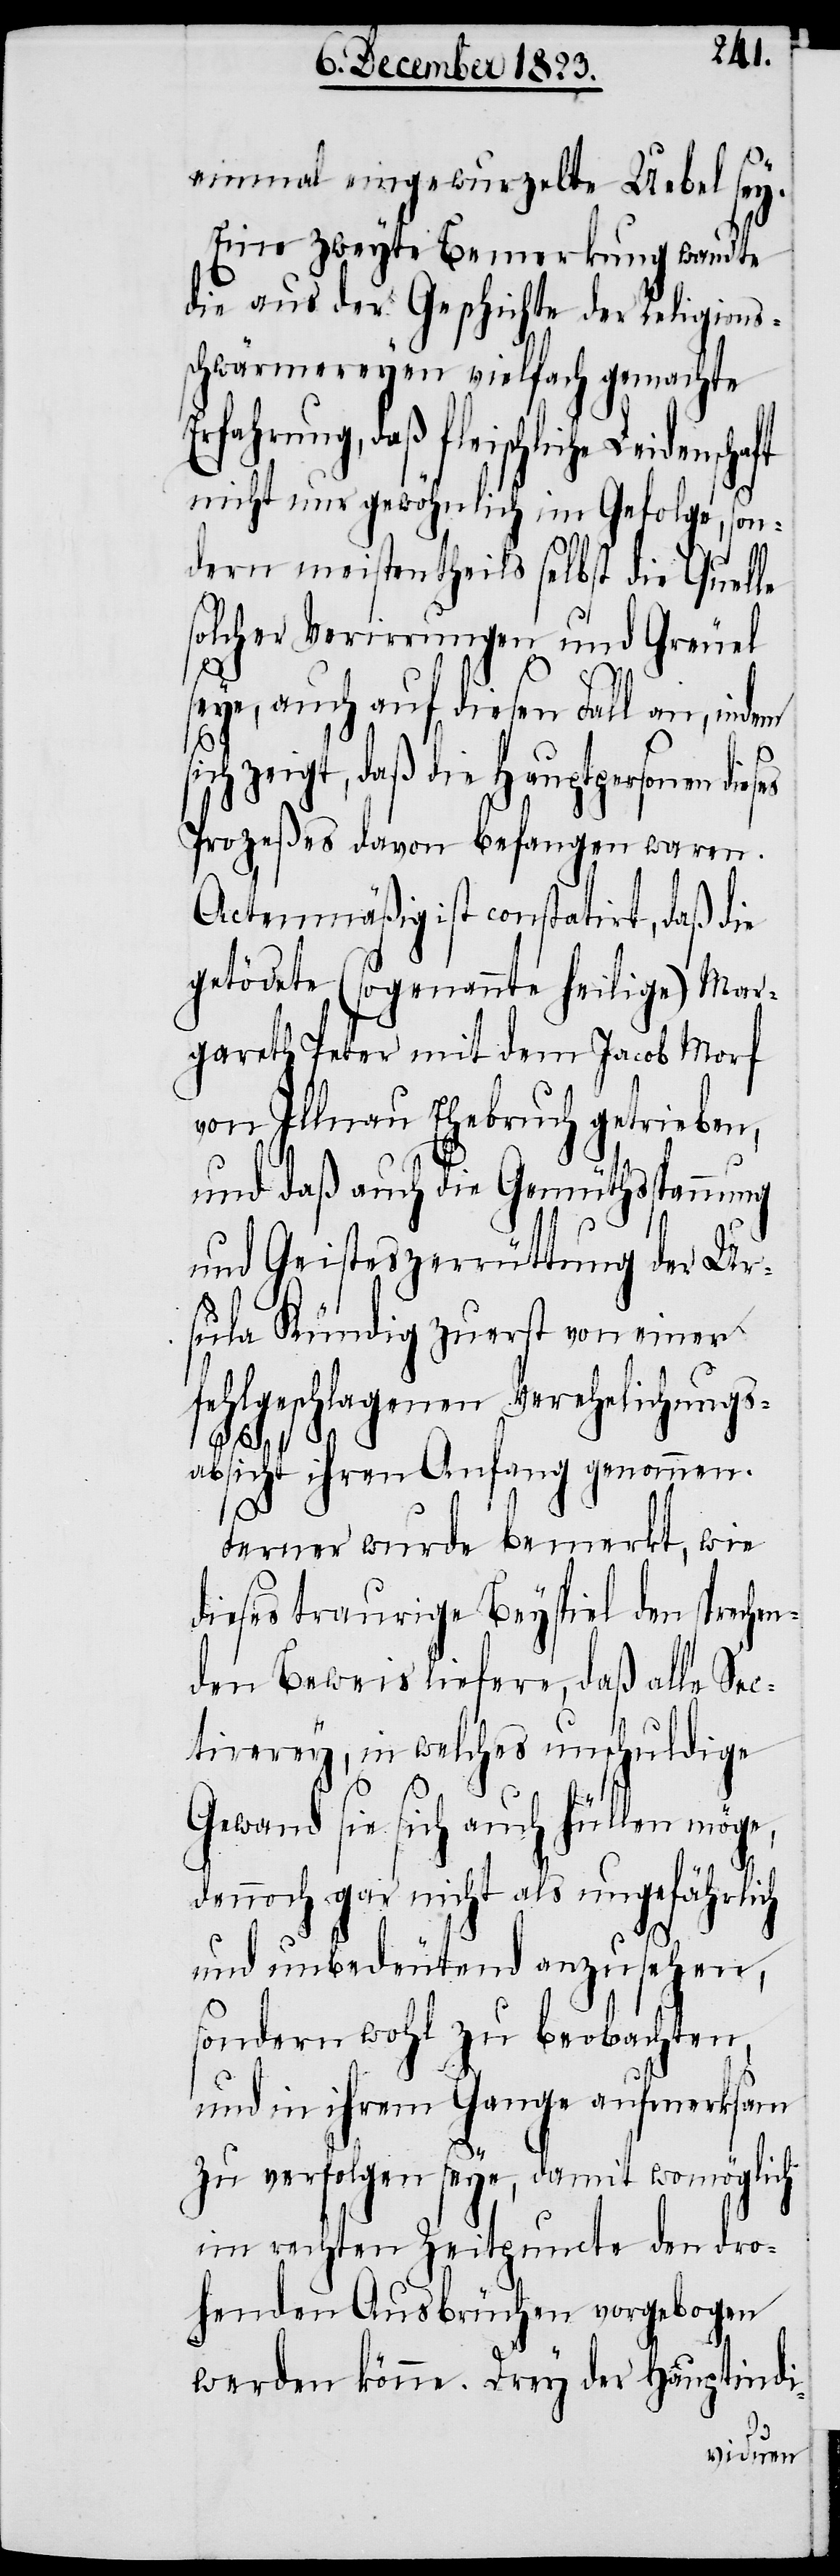
einmal eingewurzelte Uebel sey.
Eine zweyte Bemerkung wandte
die aus der Geschichte der Religions¬
schwärmereyen vielfach gemachte
Erfahrung, daß fleischliche Leidensch¬
nicht nur gewöhnlich im Gefolge, son¬
dern meistentheils selbst die Quelle
solcher Verirrungen und Greuel
seye, auch auf diesen Fall an, indem
sich zeigt, daß die Hauptpersonen dies¬
Prozeßes davon befangen waren.
Actenmäßig ist constatirt, daß die
getödete (sogenannte heilige) Mar¬
gareth Peter mit dem Jacob Morf
von Illnau Ehebruch getrieben,
und daß auch die Gemüthsspannung
und Geisteszerrüttung der Ur¬
sula Kündig zuerst von einer
fehlgeschlagenen Verehelichungs¬
absicht ihren Anfang genommen.
Ferner wurde bemerkt, wie
dieses traurige Beyspiel den spreche¬
nden Beweis liefere, daß alle Sec¬
tirerey, in welches unschuldige
es
Gewand sie sich auch hüllen möge,
dennoch gar nicht als ungefährlich
und unbedeutend anzusehen,
sondern wohl zu beobachten,
und in ihrem Gange aufmerksam
zu verfolgen seye, damit womöglich
im rechten Zeitpuncte den dro¬
henden Ausbrüchen vorgebogen
werden könne. Drey der Hauptindi-